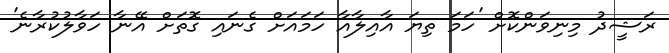
ރަޝީދު މިނިވަންކޮށް 'ހަމަ ތިޔަ އާއިލާއާ ހަމައަށް ގެނައި ގޮތަށް އޭނާ ހަވާލުކުރާނެ'